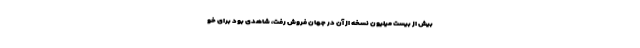
بیش از بیست میلیون نسخه از آن در جهان فروش رفت، شاهدی بود برای خو